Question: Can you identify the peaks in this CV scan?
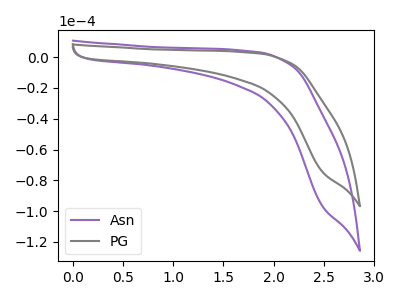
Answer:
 <answer>The purple curve "Asn" has no peaks. The gray curve "PG" has no peaks.</answer>
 <eval></eval>